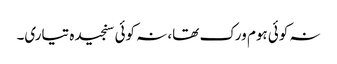
نہ کوئی ہوم ورک تھا، نہ کوئی سنجیدہ تیاری۔